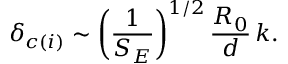
\delta _ { c ( i ) } \sim \left( { \frac { 1 } { S _ { E } } } \right) ^ { 1 / 2 } { \frac { R _ { 0 } } { d } } \, k .